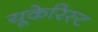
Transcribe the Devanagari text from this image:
यूकेरिस्ट